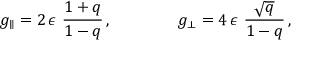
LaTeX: g _ { \parallel } = 2 \, \epsilon \ \frac { 1 + q } { 1 - q } \, , \qquad \qquad g _ { \perp } = 4 \, \epsilon \ \frac { \sqrt { q } } { 1 - q } \, ,